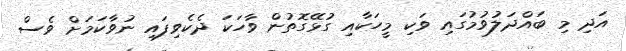
އަދި މި ބައްދަލުވުމުގައި ވަކި މީހަކާއި ގުޅޭގޮތުން ވާހަކަ ދެކެވިފައި ނުވާކަމަށް ވެސް